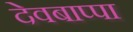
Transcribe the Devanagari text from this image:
देवबाप्पा